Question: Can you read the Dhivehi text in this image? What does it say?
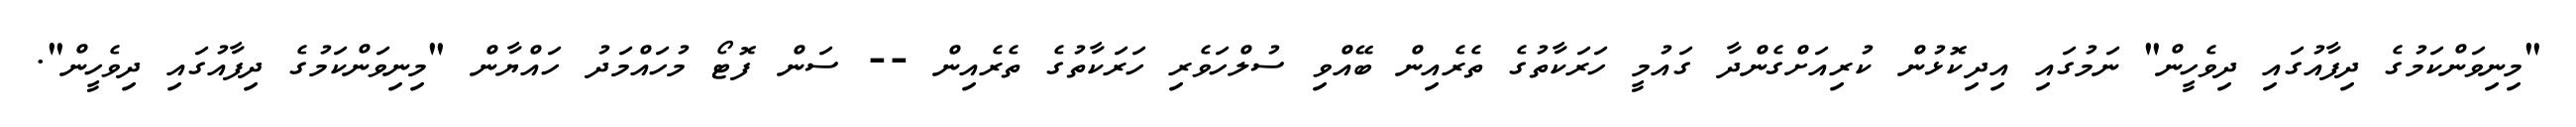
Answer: "މިނިވަންކަމުގެ ދިފާއުގައި ދިވެހީން" ނަމުގައި އިދިކޮޅުން ކުރިއަށްގެންދާ ގައުމީ ހަރަކާތުގެ ތެރެއިން ބޭއްވި ސުލްހަވެރި ހަރަކާތުގެ ތެރެއިން -- ސަން ފޮޓޯ މުހައްމަދު ހައްޔާން "މިނިވަންކަމުގެ ދިފާއުގައި ދިވެހީން".